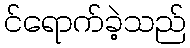
င်ရောက်ခဲ့သည်